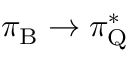
\pi _ { \mathrm { B } } \rightarrow \pi _ { \mathrm { Q } } ^ { * }